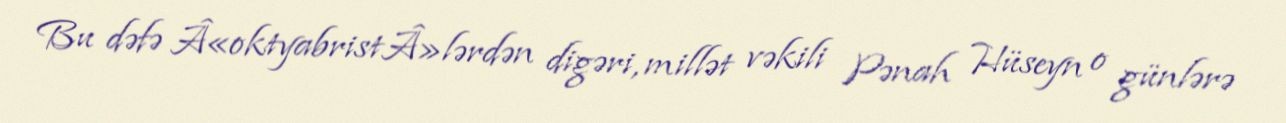
Bu dəfə Â«oktyabristÂ»lərdən digəri, millət vəkili Pənah Hüseyn o günlərə